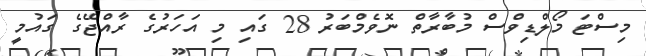
މިސްޓަ މޯލްޑިވްސް މުބާރާތް ނޮވެމްބަރު 28 ގައި މި އަހަރުގެ ރާއްޖޭގެ ގައުމީ